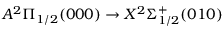
A ^ { 2 } \Pi _ { 1 / 2 } ( 0 0 0 ) \rightarrow X ^ { 2 } \Sigma _ { 1 / 2 } ^ { + } ( 0 1 0 )